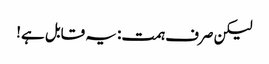
لیکن صرف ہمت: یہ قابل ہے!